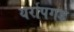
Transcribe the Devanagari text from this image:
यर्रापगड